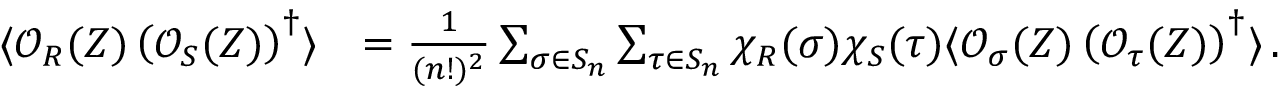
\begin{array} { r l } { \langle \mathcal { O } _ { R } ( Z ) \left( \mathcal { O } _ { S } ( Z ) \right) ^ { \dagger } \rangle } & { = \frac { 1 } { ( n ! ) ^ { 2 } } \sum _ { \sigma \in S _ { n } } \sum _ { \tau \in S _ { n } } \chi _ { R } ( \sigma ) \chi _ { S } ( \tau ) \langle \mathcal { O } _ { \sigma } ( Z ) \left( \mathcal { O } _ { \tau } ( Z ) \right) ^ { \dagger } \rangle \, . } \end{array}